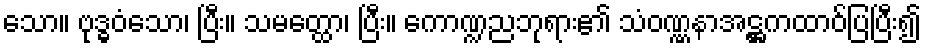
သော။ ဗုဒ္ဓဝံသော၊ ပြီး။ သမတ္ထော၊ ပြီး။ ကောဏ္ဍညဘုရား၏ သံဝဏ္ဏနာအဋ္ဌကထာဝ်ပြပြီး၍